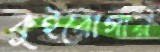
কুইরোগার